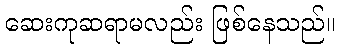
ဆေးကုဆရာမလည်း ဖြစ်နေသည်။